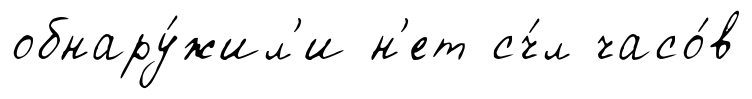
обнару́жил'и н'ет сч́л часо́в